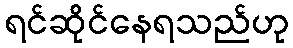
ရင်ဆိုင်နေရသည်ဟု